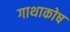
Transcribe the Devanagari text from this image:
गाथाकोष